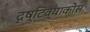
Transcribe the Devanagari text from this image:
दृष्टिव्याकोस